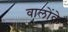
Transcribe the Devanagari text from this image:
वालोंके